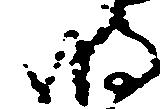
明